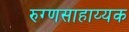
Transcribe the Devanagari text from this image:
रुग्णसाहाय्यक